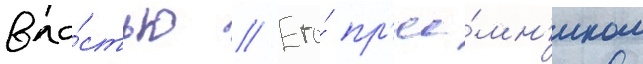
вла́стью // Его́ пр'ее́мн'иком